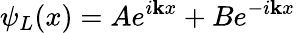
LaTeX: \psi_{L}(x)=Ae^{i\mathbf{k}x}+Be^{-i\mathbf{k}x}